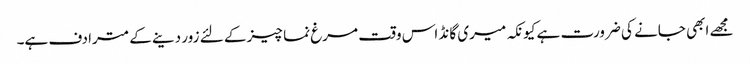
مجھے ابھی جانے کی ضرورت ہے کیونکہ میری گانڈ اس وقت مرغ نما چیز کے لئے زور دینے کے مترادف ہے۔